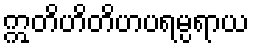
ဣတိဟိတိဟပရမ္ပရာယ